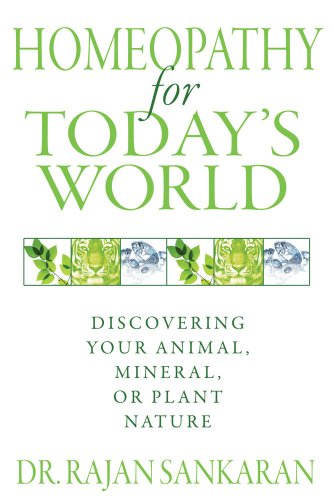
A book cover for Homeopathy for Today's World: Discovering Your Animal, Mineral, or Plant Nature; Dr. Rajan Sankaran; Health, Fitness & Dieting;